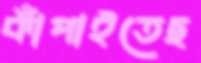
কাঁপাইতেছ